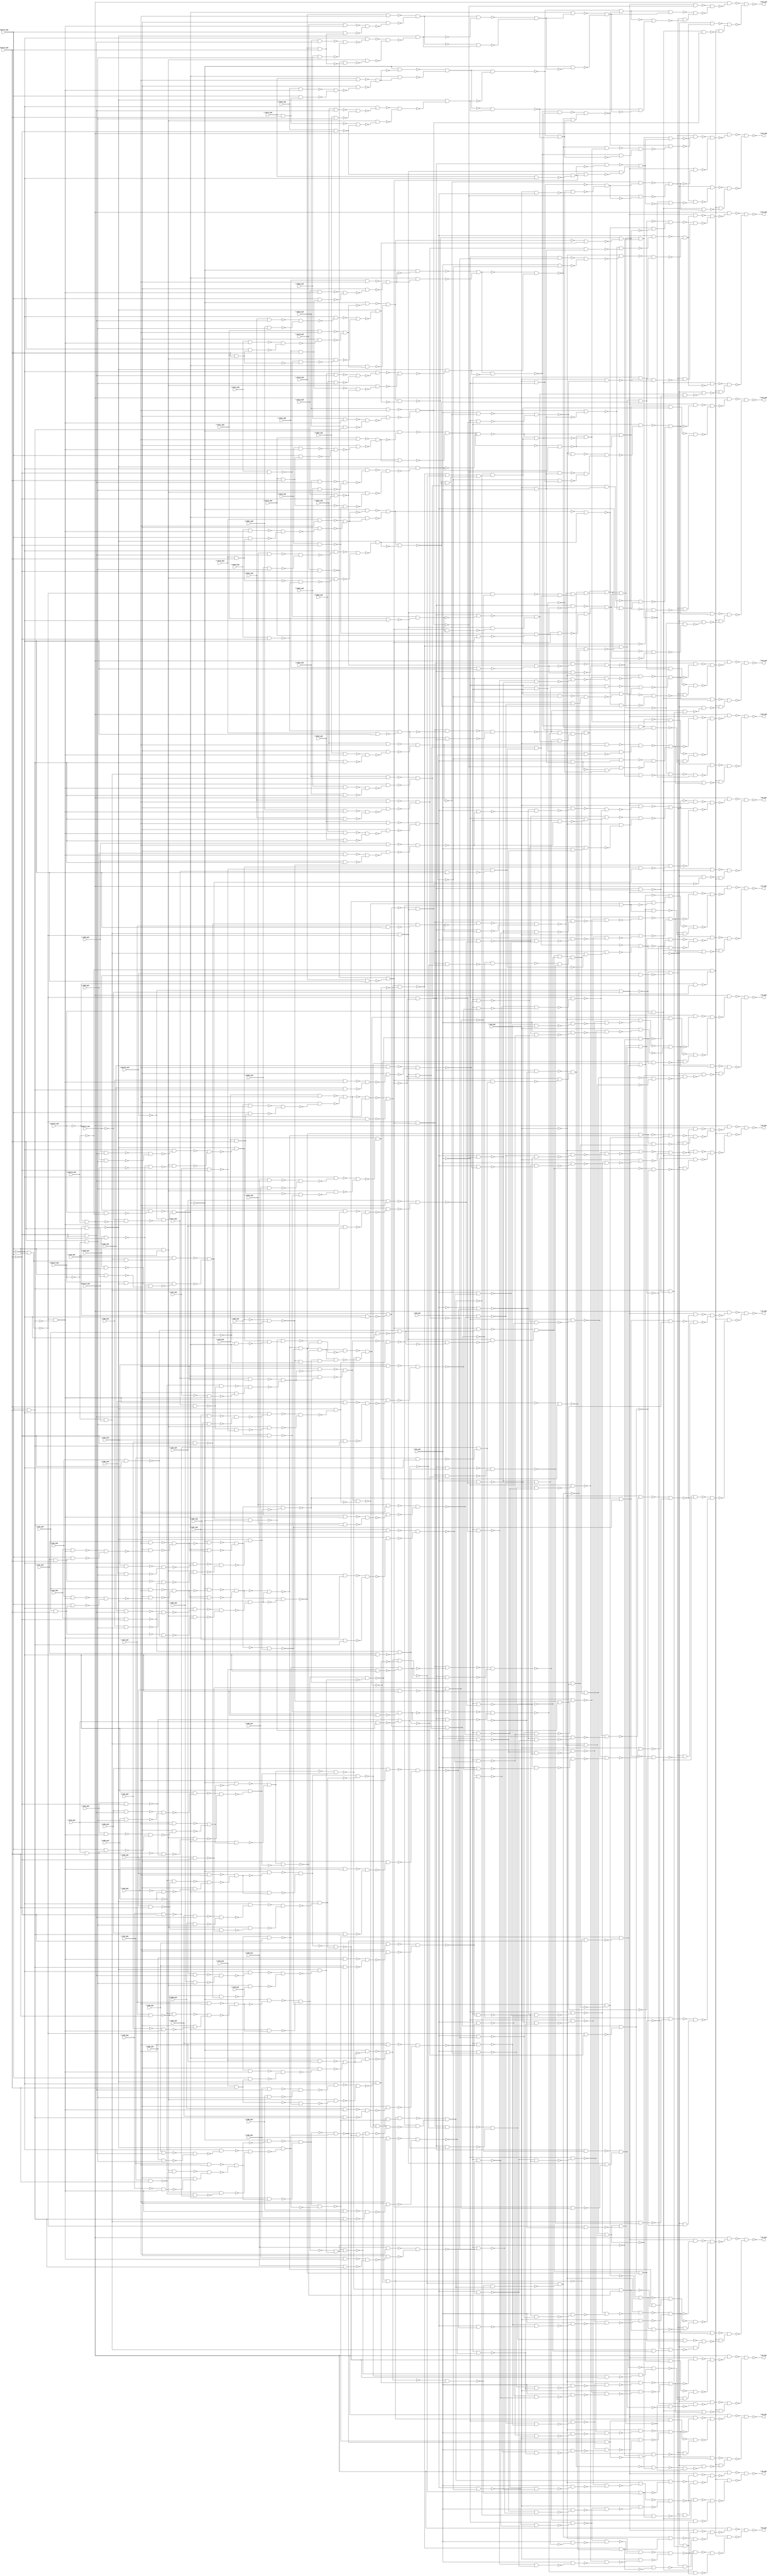
module top( \inA0_pad  , \inA10_pad  , \inA11_pad  , \inA12_pad  , \inA13_pad  , \inA14_pad  , \inA15_pad  , \inA1_pad  , \inA2_pad  , \inA3_pad  , \inA4_pad  , \inA5_pad  , \inA6_pad  , \inA7_pad  , \inA8_pad  , \inA9_pad  , \inB0_pad  , \inB10_pad  , \inB11_pad  , \inB12_pad  , \inB13_pad  , \inB14_pad  , \inB15_pad  , \inB1_pad  , \inB2_pad  , \inB3_pad  , \inB4_pad  , \inB5_pad  , \inB6_pad  , \inB7_pad  , \inB8_pad  , \inB9_pad  , \inC0_pad  , \inC10_pad  , \inC11_pad  , \inC12_pad  , \inC13_pad  , \inC14_pad  , \inC15_pad  , \inC1_pad  , \inC2_pad  , \inC3_pad  , \inC4_pad  , \inC5_pad  , \inC6_pad  , \inC7_pad  , \inC8_pad  , \inC9_pad  , \inD0_pad  , \inD10_pad  , \inD11_pad  , \inD12_pad  , \inD13_pad  , \inD14_pad  , \inD15_pad  , \inD1_pad  , \inD2_pad  , \inD3_pad  , \inD4_pad  , \inD5_pad  , \inD6_pad  , \inD7_pad  , \inD8_pad  , \inD9_pad  , \musel1_pad  , \musel2_pad  , \musel3_pad  , \musel4_pad  , \opsel0_pad  , \opsel1_pad  , \opsel2_pad  , \opsel3_pad  , \sh0_pad  , \sh1_pad  , \sh2_pad  , \O0_pad  , \O10_pad  , \O11_pad  , \O12_pad  , \O13_pad  , \O14_pad  , \O15_pad  , \O1_pad  , \O2_pad  , \O3_pad  , \O4_pad  , \O5_pad  , \O6_pad  , \O7_pad  , \O8_pad  , \O9_pad  );
  input \inA0_pad  ;
  input \inA10_pad  ;
  input \inA11_pad  ;
  input \inA12_pad  ;
  input \inA13_pad  ;
  input \inA14_pad  ;
  input \inA15_pad  ;
  input \inA1_pad  ;
  input \inA2_pad  ;
  input \inA3_pad  ;
  input \inA4_pad  ;
  input \inA5_pad  ;
  input \inA6_pad  ;
  input \inA7_pad  ;
  input \inA8_pad  ;
  input \inA9_pad  ;
  input \inB0_pad  ;
  input \inB10_pad  ;
  input \inB11_pad  ;
  input \inB12_pad  ;
  input \inB13_pad  ;
  input \inB14_pad  ;
  input \inB15_pad  ;
  input \inB1_pad  ;
  input \inB2_pad  ;
  input \inB3_pad  ;
  input \inB4_pad  ;
  input \inB5_pad  ;
  input \inB6_pad  ;
  input \inB7_pad  ;
  input \inB8_pad  ;
  input \inB9_pad  ;
  input \inC0_pad  ;
  input \inC10_pad  ;
  input \inC11_pad  ;
  input \inC12_pad  ;
  input \inC13_pad  ;
  input \inC14_pad  ;
  input \inC15_pad  ;
  input \inC1_pad  ;
  input \inC2_pad  ;
  input \inC3_pad  ;
  input \inC4_pad  ;
  input \inC5_pad  ;
  input \inC6_pad  ;
  input \inC7_pad  ;
  input \inC8_pad  ;
  input \inC9_pad  ;
  input \inD0_pad  ;
  input \inD10_pad  ;
  input \inD11_pad  ;
  input \inD12_pad  ;
  input \inD13_pad  ;
  input \inD14_pad  ;
  input \inD15_pad  ;
  input \inD1_pad  ;
  input \inD2_pad  ;
  input \inD3_pad  ;
  input \inD4_pad  ;
  input \inD5_pad  ;
  input \inD6_pad  ;
  input \inD7_pad  ;
  input \inD8_pad  ;
  input \inD9_pad  ;
  input \musel1_pad  ;
  input \musel2_pad  ;
  input \musel3_pad  ;
  input \musel4_pad  ;
  input \opsel0_pad  ;
  input \opsel1_pad  ;
  input \opsel2_pad  ;
  input \opsel3_pad  ;
  input \sh0_pad  ;
  input \sh1_pad  ;
  input \sh2_pad  ;
  output \O0_pad  ;
  output \O10_pad  ;
  output \O11_pad  ;
  output \O12_pad  ;
  output \O13_pad  ;
  output \O14_pad  ;
  output \O15_pad  ;
  output \O1_pad  ;
  output \O2_pad  ;
  output \O3_pad  ;
  output \O4_pad  ;
  output \O5_pad  ;
  output \O6_pad  ;
  output \O7_pad  ;
  output \O8_pad  ;
  output \O9_pad  ;
  wire n76 , n77 , n78 , n79 , n80 , n81 , n82 , n83 , n84 , n85 , n86 , n87 , n88 , n89 , n90 , n91 , n92 , n93 , n94 , n95 , n96 , n97 , n98 , n99 , n100 , n101 , n102 , n103 , n104 , n105 , n106 , n107 , n108 , n109 , n110 , n111 , n112 , n113 , n114 , n115 , n116 , n117 , n118 , n119 , n120 , n121 , n122 , n123 , n124 , n125 , n126 , n127 , n128 , n129 , n130 , n131 , n132 , n133 , n134 , n135 , n136 , n137 , n138 , n139 , n140 , n141 , n142 , n143 , n144 , n145 , n146 , n147 , n148 , n149 , n150 , n151 , n152 , n153 , n154 , n155 , n156 , n157 , n158 , n159 , n160 , n161 , n162 , n163 , n164 , n165 , n166 , n167 , n168 , n169 , n170 , n171 , n172 , n173 , n174 , n175 , n176 , n177 , n178 , n179 , n180 , n181 , n182 , n183 , n184 , n185 , n186 , n187 , n188 , n189 , n190 , n191 , n192 , n193 , n194 , n195 , n196 , n197 , n198 , n199 , n200 , n201 , n202 , n203 , n204 , n205 , n206 , n207 , n208 , n209 , n210 , n211 , n212 , n213 , n214 , n215 , n216 , n217 , n218 , n219 , n220 , n221 , n222 , n223 , n224 , n225 , n226 , n227 , n228 , n229 , n230 , n231 , n232 , n233 , n234 , n235 , n236 , n237 , n238 , n239 , n240 , n241 , n242 , n243 , n244 , n245 , n246 , n247 , n248 , n249 , n250 , n251 , n252 , n253 , n254 , n255 , n256 , n257 , n258 , n259 , n260 , n261 , n262 , n263 , n264 , n265 , n266 , n267 , n268 , n269 , n270 , n271 , n272 , n273 , n274 , n275 , n276 , n277 , n278 , n279 , n280 , n281 , n282 , n283 , n284 , n285 , n286 , n287 , n288 , n289 , n290 , n291 , n292 , n293 , n294 , n295 , n296 , n297 , n298 , n299 , n300 , n301 , n302 , n303 , n304 , n305 , n306 , n307 , n308 , n309 , n310 , n311 , n312 , n313 , n314 , n315 , n316 , n317 , n318 , n319 , n320 , n321 , n322 , n323 , n324 , n325 , n326 , n327 , n328 , n329 , n330 , n331 , n332 , n333 , n334 , n335 , n336 , n337 , n338 , n339 , n340 , n341 , n342 , n343 , n344 , n345 , n346 , n347 , n348 , n349 , n350 , n351 , n352 , n353 , n354 , n355 , n356 , n357 , n358 , n359 , n360 , n361 , n362 , n363 , n364 , n365 , n366 , n367 , n368 , n369 , n370 , n371 , n372 , n373 , n374 , n375 , n376 , n377 , n378 , n379 , n380 , n381 , n382 , n383 , n384 , n385 , n386 , n387 , n388 , n389 , n390 , n391 , n392 , n393 , n394 , n395 , n396 , n397 , n398 , n399 , n400 , n401 , n402 , n403 , n404 , n405 , n406 , n407 , n408 , n409 , n410 , n411 , n412 , n413 , n414 , n415 , n416 , n417 , n418 , n419 , n420 , n421 , n422 , n423 , n424 , n425 , n426 , n427 , n428 , n429 , n430 , n431 , n432 , n433 , n434 , n435 , n436 , n437 , n438 , n439 , n440 , n441 , n442 , n443 , n444 , n445 , n446 , n447 , n448 , n449 , n450 , n451 , n452 , n453 , n454 , n455 , n456 , n457 , n458 , n459 , n460 , n461 , n462 , n463 , n464 , n465 , n466 , n467 , n468 , n469 , n470 , n471 , n472 , n473 , n474 , n475 , n476 , n477 , n478 , n479 , n480 , n481 , n482 , n483 , n484 , n485 , n486 , n487 , n488 , n489 , n490 , n491 , n492 , n493 , n494 , n495 , n496 , n497 , n498 , n499 , n500 , n501 , n502 , n503 , n504 , n505 , n506 , n507 , n508 , n509 , n510 , n511 , n512 , n513 , n514 , n515 , n516 , n517 , n518 , n519 , n520 , n521 , n522 , n523 , n524 , n525 , n526 , n527 , n528 , n529 , n530 , n531 , n532 , n533 , n534 , n535 , n536 , n537 , n538 , n539 , n540 , n541 , n542 , n543 , n544 , n545 , n546 , n547 , n548 , n549 , n550 , n551 , n552 , n553 , n554 , n555 , n556 , n557 , n558 , n559 , n560 , n561 , n562 , n563 , n564 , n565 , n566 , n567 , n568 , n569 , n570 , n571 , n572 , n573 , n574 , n575 , n576 , n577 , n578 , n579 , n580 , n581 , n582 , n583 , n584 , n585 , n586 , n587 , n588 , n589 , n590 , n591 , n592 , n593 , n594 , n595 , n596 , n597 , n598 , n599 , n600 , n601 , n602 , n603 , n604 , n605 , n606 , n607 , n608 , n609 , n610 , n611 , n612 , n613 , n614 , n615 , n616 , n617 , n618 , n619 , n620 , n621 , n622 , n623 , n624 , n625 , n626 , n627 , n628 , n629 , n630 , n631 , n632 , n633 , n634 , n635 , n636 , n637 , n638 , n639 , n640 , n641 , n642 , n643 , n644 , n645 , n646 , n647 , n648 , n649 , n650 , n651 , n652 , n653 , n654 , n655 , n656 , n657 , n658 , n659 , n660 , n661 , n662 , n663 , n664 , n665 , n666 , n667 , n668 , n669 , n670 , n671 , n672 , n673 , n674 , n675 , n676 , n677 , n678 , n679 , n680 , n681 , n682 , n683 , n684 , n685 , n686 , n687 , n688 , n689 , n690 , n691 , n692 , n693 , n694 , n695 , n696 , n697 , n698 , n699 , n700 , n701 , n702 , n703 , n704 , n705 , n706 , n707 , n708 , n709 , n710 , n711 , n712 , n713 , n714 , n715 , n716 , n717 , n718 , n719 , n720 , n721 , n722 , n723 , n724 , n725 , n726 , n727 , n728 , n729 , n730 , n731 , n732 , n733 , n734 , n735 , n736 , n737 , n738 , n739 , n740 , n741 , n742 , n743 , n744 , n745 , n746 , n747 , n748 , n749 , n750 , n751 , n752 , n753 , n754 , n755 , n756 , n757 , n758 , n759 , n760 , n761 , n762 , n763 , n764 , n765 , n766 , n767 , n768 , n769 , n770 , n771 , n772 , n773 , n774 , n775 , n776 , n777 , n778 , n779 , n780 , n781 , n782 , n783 , n784 , n785 , n786 , n787 , n788 , n789 , n790 , n791 , n792 , n793 , n794 , n795 , n796 , n797 , n798 , n799 , n800 , n801 , n802 , n803 , n804 , n805 , n806 , n807 , n808 , n809 , n810 , n811 , n812 , n813 , n814 , n815 , n816 , n817 , n818 , n819 , n820 , n821 , n822 , n823 , n824 , n825 , n826 , n827 , n828 , n829 , n830 , n831 , n832 , n833 , n834 , n835 , n836 , n837 , n838 , n839 , n840 , n841 , n842 , n843 , n844 , n845 , n846 , n847 , n848 , n849 , n850 , n851 , n852 , n853 , n854 , n855 , n856 , n857 , n858 , n859 , n860 , n861 , n862 , n863 , n864 , n865 , n866 , n867 , n868 , n869 , n870 , n871 , n872 , n873 , n874 , n875 , n876 , n877 , n878 , n879 , n880 , n881 , n882 , n883 , n884 , n885 , n886 , n887 , n888 , n889 , n890 , n891 , n892 , n893 , n894 , n895 , n896 , n897 , n898 , n899 , n900 , n901 , n902 , n903 , n904 , n905 , n906 , n907 , n908 , n909 , n910 , n911 , n912 , n913 , n914 , n915 , n916 , n917 , n918 , n919 , n920 , n921 , n922 , n923 , n924 , n925 , n926 , n927 , n928 , n929 , n930 , n931 , n932 , n933 , n934 , n935 , n936 , n937 , n938 , n939 , n940 , n941 , n942 , n943 , n944 , n945 , n946 , n947 , n948 , n949 , n950 , n951 , n952 , n953 , n954 , n955 , n956 , n957 , n958 , n959 , n960 , n961 , n962 , n963 , n964 , n965 , n966 , n967 , n968 , n969 , n970 , n971 , n972 , n973 , n974 , n975 , n976 , n977 , n978 , n979 , n980 , n981 , n982 , n983 , n984 , n985 , n986 , n987 , n988 , n989 , n990 , n991 , n992 , n993 , n994 , n995 , n996 , n997 , n998 , n999 , n1000 , n1001 , n1002 , n1003 , n1004 , n1005 , n1006 , n1007 , n1008 , n1009 , n1010 , n1011 , n1012 , n1013 , n1014 , n1015 , n1016 , n1017 , n1018 , n1019 , n1020 , n1021 , n1022 , n1023 , n1024 , n1025 , n1026 , n1027 , n1028 , n1029 , n1030 , n1031 , n1032 , n1033 , n1034 , n1035 , n1036 , n1037 , n1038 , n1039 , n1040 , n1041 , n1042 , n1043 , n1044 , n1045 , n1046 , n1047 , n1048 , n1049 , n1050 , n1051 , n1052 , n1053 , n1054 , n1055 , n1056 , n1057 , n1058 , n1059 , n1060 , n1061 , n1062 , n1063 , n1064 , n1065 , n1066 , n1067 , n1068 , n1069 , n1070 , n1071 , n1072 , n1073 , n1074 , n1075 , n1076 , n1077 , n1078 , n1079 , n1080 , n1081 , n1082 , n1083 , n1084 , n1085 , n1086 , n1087 , n1088 , n1089 , n1090 , n1091 , n1092 , n1093 , n1094 , n1095 , n1096 , n1097 , n1098 , n1099 , n1100 , n1101 , n1102 , n1103 , n1104 , n1105 , n1106 , n1107 , n1108 , n1109 , n1110 , n1111 , n1112 , n1113 , n1114 , n1115 , n1116 , n1117 , n1118 , n1119 , n1120 , n1121 ;
  assign n76 = ~\opsel2_pad  & \opsel3_pad  ;
  assign n77 = ~\musel3_pad  & \musel4_pad  ;
  assign n78 = ~\musel1_pad  & ~\musel2_pad  ;
  assign n79 = n77 & n78 ;
  assign n80 = \inD3_pad  & n79 ;
  assign n81 = \musel3_pad  & ~\musel4_pad  ;
  assign n82 = \musel1_pad  & \musel2_pad  ;
  assign n83 = ~n78 & ~n82 ;
  assign n84 = \inB3_pad  & n83 ;
  assign n85 = \inD3_pad  & n82 ;
  assign n86 = ~n84 & ~n85 ;
  assign n87 = n81 & ~n86 ;
  assign n88 = ~n80 & ~n87 ;
  assign n89 = ~\sh2_pad  & ~n88 ;
  assign n90 = \inD0_pad  & n79 ;
  assign n91 = \inB0_pad  & n83 ;
  assign n92 = \inD0_pad  & n82 ;
  assign n93 = ~n91 & ~n92 ;
  assign n94 = n81 & ~n93 ;
  assign n95 = ~n90 & ~n94 ;
  assign n96 = \sh2_pad  & ~n95 ;
  assign n97 = ~n89 & ~n96 ;
  assign n98 = \sh1_pad  & ~n97 ;
  assign n99 = \inD5_pad  & n79 ;
  assign n100 = \inB5_pad  & n83 ;
  assign n101 = \inD5_pad  & n82 ;
  assign n102 = ~n100 & ~n101 ;
  assign n103 = n81 & ~n102 ;
  assign n104 = ~n99 & ~n103 ;
  assign n105 = \sh2_pad  & ~n104 ;
  assign n106 = \inD1_pad  & n79 ;
  assign n107 = \inB1_pad  & n83 ;
  assign n108 = \inD1_pad  & n82 ;
  assign n109 = ~n107 & ~n108 ;
  assign n110 = n81 & ~n109 ;
  assign n111 = ~n106 & ~n110 ;
  assign n112 = ~\sh2_pad  & ~n111 ;
  assign n113 = ~n105 & ~n112 ;
  assign n114 = ~\sh1_pad  & ~n113 ;
  assign n115 = ~n98 & ~n114 ;
  assign n116 = \sh0_pad  & ~n115 ;
  assign n134 = \inD4_pad  & n79 ;
  assign n135 = \inB4_pad  & n83 ;
  assign n136 = \inD4_pad  & n82 ;
  assign n137 = ~n135 & ~n136 ;
  assign n138 = n81 & ~n137 ;
  assign n139 = ~n134 & ~n138 ;
  assign n140 = \sh2_pad  & ~n139 ;
  assign n133 = ~\sh2_pad  & ~n95 ;
  assign n141 = ~\sh1_pad  & ~n133 ;
  assign n142 = ~n140 & n141 ;
  assign n124 = \inD2_pad  & n79 ;
  assign n125 = \inB2_pad  & n83 ;
  assign n126 = \inD2_pad  & n82 ;
  assign n127 = ~n125 & ~n126 ;
  assign n128 = n81 & ~n127 ;
  assign n129 = ~n124 & ~n128 ;
  assign n130 = ~\sh2_pad  & ~n129 ;
  assign n117 = \inD8_pad  & n79 ;
  assign n118 = \inB8_pad  & n83 ;
  assign n119 = \inD8_pad  & n82 ;
  assign n120 = ~n118 & ~n119 ;
  assign n121 = n81 & ~n120 ;
  assign n122 = ~n117 & ~n121 ;
  assign n123 = \sh2_pad  & ~n122 ;
  assign n131 = \sh1_pad  & ~n123 ;
  assign n132 = ~n130 & n131 ;
  assign n143 = ~\sh0_pad  & ~n132 ;
  assign n144 = ~n142 & n143 ;
  assign n145 = ~n116 & ~n144 ;
  assign n146 = ~\opsel0_pad  & ~\opsel1_pad  ;
  assign n147 = ~n145 & n146 ;
  assign n148 = \opsel0_pad  & \opsel1_pad  ;
  assign n149 = ~n146 & ~n148 ;
  assign n150 = ~\musel2_pad  & \musel3_pad  ;
  assign n151 = \inD0_pad  & n150 ;
  assign n152 = \musel2_pad  & ~\musel3_pad  ;
  assign n153 = \inB0_pad  & n152 ;
  assign n154 = ~n151 & ~n153 ;
  assign n155 = ~\musel1_pad  & ~n154 ;
  assign n156 = \musel1_pad  & ~\musel3_pad  ;
  assign n157 = \inA0_pad  & ~\musel2_pad  ;
  assign n158 = \inC0_pad  & \musel2_pad  ;
  assign n159 = ~n157 & ~n158 ;
  assign n160 = n156 & ~n159 ;
  assign n161 = ~n155 & ~n160 ;
  assign n162 = ~\musel4_pad  & ~n161 ;
  assign n163 = \inC0_pad  & n79 ;
  assign n164 = \inA0_pad  & n83 ;
  assign n165 = \musel1_pad  & n158 ;
  assign n166 = ~n164 & ~n165 ;
  assign n167 = n81 & ~n166 ;
  assign n168 = ~n163 & ~n167 ;
  assign n169 = ~n162 & ~n168 ;
  assign n170 = n162 & n168 ;
  assign n171 = ~n169 & ~n170 ;
  assign n172 = n149 & ~n171 ;
  assign n173 = ~n147 & ~n172 ;
  assign n174 = n76 & ~n173 ;
  assign n175 = \opsel2_pad  & ~n146 ;
  assign n181 = n145 & n175 ;
  assign n176 = \inC0_pad  & ~\musel1_pad  ;
  assign n177 = ~n157 & ~n176 ;
  assign n178 = n77 & ~n78 ;
  assign n179 = ~n177 & n178 ;
  assign n180 = ~n175 & ~n179 ;
  assign n182 = ~\opsel2_pad  & n146 ;
  assign n183 = ~\opsel3_pad  & ~n182 ;
  assign n184 = ~n180 & n183 ;
  assign n185 = ~n181 & n184 ;
  assign n186 = ~n174 & ~n185 ;
  assign n187 = \inD14_pad  & n79 ;
  assign n188 = \inB14_pad  & n83 ;
  assign n189 = \inD14_pad  & n82 ;
  assign n190 = ~n188 & ~n189 ;
  assign n191 = n81 & ~n190 ;
  assign n192 = ~n187 & ~n191 ;
  assign n193 = \sh2_pad  & ~n192 ;
  assign n194 = \inD10_pad  & n79 ;
  assign n195 = \inB10_pad  & n83 ;
  assign n196 = \inD10_pad  & n82 ;
  assign n197 = ~n195 & ~n196 ;
  assign n198 = n81 & ~n197 ;
  assign n199 = ~n194 & ~n198 ;
  assign n200 = ~\sh2_pad  & ~n199 ;
  assign n201 = ~n193 & ~n200 ;
  assign n202 = ~\sh1_pad  & ~n201 ;
  assign n203 = \inD12_pad  & n79 ;
  assign n204 = \inB12_pad  & n83 ;
  assign n205 = \inD12_pad  & n82 ;
  assign n206 = ~n204 & ~n205 ;
  assign n207 = n81 & ~n206 ;
  assign n208 = ~n203 & ~n207 ;
  assign n209 = ~\sh2_pad  & ~n208 ;
  assign n210 = \inD15_pad  & n79 ;
  assign n211 = \inB15_pad  & n83 ;
  assign n212 = \inD15_pad  & n82 ;
  assign n213 = ~n211 & ~n212 ;
  assign n214 = n81 & ~n213 ;
  assign n215 = ~n210 & ~n214 ;
  assign n216 = \sh2_pad  & ~n215 ;
  assign n217 = ~n209 & ~n216 ;
  assign n218 = \sh1_pad  & ~n217 ;
  assign n219 = ~n202 & ~n218 ;
  assign n220 = ~\sh0_pad  & ~n219 ;
  assign n231 = \inD11_pad  & n79 ;
  assign n232 = \inB11_pad  & n83 ;
  assign n233 = \inD11_pad  & n82 ;
  assign n234 = ~n232 & ~n233 ;
  assign n235 = n81 & ~n234 ;
  assign n236 = ~n231 & ~n235 ;
  assign n237 = ~\sh2_pad  & ~n236 ;
  assign n238 = ~n216 & ~n237 ;
  assign n239 = ~\sh1_pad  & n238 ;
  assign n222 = \inD13_pad  & n79 ;
  assign n223 = \inB13_pad  & n83 ;
  assign n224 = \inD13_pad  & n82 ;
  assign n225 = ~n223 & ~n224 ;
  assign n226 = n81 & ~n225 ;
  assign n227 = ~n222 & ~n226 ;
  assign n228 = ~\sh2_pad  & ~n227 ;
  assign n221 = \sh2_pad  & ~n199 ;
  assign n229 = \sh1_pad  & ~n221 ;
  assign n230 = ~n228 & n229 ;
  assign n240 = \sh0_pad  & ~n230 ;
  assign n241 = ~n239 & n240 ;
  assign n242 = ~n220 & ~n241 ;
  assign n243 = n146 & ~n242 ;
  assign n252 = \opsel2_pad  & ~\opsel3_pad  ;
  assign n253 = \opsel1_pad  & ~n252 ;
  assign n251 = ~\opsel1_pad  & ~n76 ;
  assign n254 = ~\opsel0_pad  & ~n251 ;
  assign n255 = ~n253 & n254 ;
  assign n465 = \inC10_pad  & n79 ;
  assign n466 = \inA10_pad  & n83 ;
  assign n467 = \inC10_pad  & \musel2_pad  ;
  assign n468 = \musel1_pad  & n467 ;
  assign n469 = ~n466 & ~n468 ;
  assign n470 = n81 & ~n469 ;
  assign n471 = ~n465 & ~n470 ;
  assign n472 = ~n255 & ~n471 ;
  assign n473 = n255 & n471 ;
  assign n474 = ~n472 & ~n473 ;
  assign n475 = \inD10_pad  & n150 ;
  assign n476 = \inB10_pad  & n152 ;
  assign n477 = ~n475 & ~n476 ;
  assign n478 = ~\musel1_pad  & ~n477 ;
  assign n479 = \inA10_pad  & ~\musel2_pad  ;
  assign n480 = ~n467 & ~n479 ;
  assign n481 = n156 & ~n480 ;
  assign n482 = ~n478 & ~n481 ;
  assign n483 = ~\musel4_pad  & ~n482 ;
  assign n484 = ~n474 & n483 ;
  assign n244 = \inC9_pad  & n79 ;
  assign n245 = \inA9_pad  & n83 ;
  assign n246 = \inC9_pad  & \musel2_pad  ;
  assign n247 = \musel1_pad  & n246 ;
  assign n248 = ~n245 & ~n247 ;
  assign n249 = n81 & ~n248 ;
  assign n250 = ~n244 & ~n249 ;
  assign n256 = ~n250 & ~n255 ;
  assign n257 = n250 & n255 ;
  assign n258 = ~n256 & ~n257 ;
  assign n259 = \inD9_pad  & n150 ;
  assign n260 = \inB9_pad  & n152 ;
  assign n261 = ~n259 & ~n260 ;
  assign n262 = ~\musel1_pad  & ~n261 ;
  assign n263 = \inA9_pad  & ~\musel2_pad  ;
  assign n264 = ~n246 & ~n263 ;
  assign n265 = n156 & ~n264 ;
  assign n266 = ~n262 & ~n265 ;
  assign n267 = ~\musel4_pad  & ~n266 ;
  assign n268 = n258 & ~n267 ;
  assign n269 = ~n258 & n267 ;
  assign n270 = \inC8_pad  & n79 ;
  assign n271 = \inA8_pad  & n83 ;
  assign n272 = \inC8_pad  & \musel2_pad  ;
  assign n273 = \musel1_pad  & n272 ;
  assign n274 = ~n271 & ~n273 ;
  assign n275 = n81 & ~n274 ;
  assign n276 = ~n270 & ~n275 ;
  assign n277 = ~n255 & ~n276 ;
  assign n278 = n255 & n276 ;
  assign n279 = ~n277 & ~n278 ;
  assign n280 = \inD8_pad  & n150 ;
  assign n281 = \inB8_pad  & n152 ;
  assign n282 = ~n280 & ~n281 ;
  assign n283 = ~\musel1_pad  & ~n282 ;
  assign n284 = \inA8_pad  & ~\musel2_pad  ;
  assign n285 = ~n272 & ~n284 ;
  assign n286 = n156 & ~n285 ;
  assign n287 = ~n283 & ~n286 ;
  assign n288 = ~\musel4_pad  & ~n287 ;
  assign n289 = n279 & ~n288 ;
  assign n290 = ~n279 & n288 ;
  assign n291 = \inC4_pad  & n79 ;
  assign n293 = \inC4_pad  & \musel2_pad  ;
  assign n294 = ~n83 & ~n293 ;
  assign n292 = ~\inA4_pad  & n83 ;
  assign n295 = n81 & ~n292 ;
  assign n296 = ~n294 & n295 ;
  assign n297 = ~n291 & ~n296 ;
  assign n298 = ~n255 & ~n297 ;
  assign n299 = n255 & n297 ;
  assign n300 = ~n298 & ~n299 ;
  assign n301 = \inD4_pad  & n150 ;
  assign n302 = \inB4_pad  & n152 ;
  assign n303 = ~n301 & ~n302 ;
  assign n304 = ~\musel1_pad  & ~n303 ;
  assign n305 = \inA4_pad  & ~\musel2_pad  ;
  assign n306 = ~n293 & ~n305 ;
  assign n307 = n156 & ~n306 ;
  assign n308 = ~n304 & ~n307 ;
  assign n309 = ~\musel4_pad  & ~n308 ;
  assign n310 = n300 & ~n309 ;
  assign n331 = \inC2_pad  & n79 ;
  assign n332 = \inA2_pad  & n83 ;
  assign n333 = \inC2_pad  & \musel2_pad  ;
  assign n334 = \musel1_pad  & n333 ;
  assign n335 = ~n332 & ~n334 ;
  assign n336 = n81 & ~n335 ;
  assign n337 = ~n331 & ~n336 ;
  assign n338 = ~n255 & ~n337 ;
  assign n339 = n255 & n337 ;
  assign n340 = ~n338 & ~n339 ;
  assign n341 = \inD2_pad  & n150 ;
  assign n342 = \inB2_pad  & n152 ;
  assign n343 = ~n341 & ~n342 ;
  assign n344 = ~\musel1_pad  & ~n343 ;
  assign n345 = \inA2_pad  & ~\musel2_pad  ;
  assign n346 = ~n333 & ~n345 ;
  assign n347 = n156 & ~n346 ;
  assign n348 = ~n344 & ~n347 ;
  assign n349 = ~\musel4_pad  & ~n348 ;
  assign n350 = n340 & ~n349 ;
  assign n311 = \inC3_pad  & n79 ;
  assign n312 = \inA3_pad  & n83 ;
  assign n313 = \inC3_pad  & \musel2_pad  ;
  assign n314 = \musel1_pad  & n313 ;
  assign n315 = ~n312 & ~n314 ;
  assign n316 = n81 & ~n315 ;
  assign n317 = ~n311 & ~n316 ;
  assign n318 = ~n255 & ~n317 ;
  assign n319 = n255 & n317 ;
  assign n320 = ~n318 & ~n319 ;
  assign n321 = \inD3_pad  & n150 ;
  assign n322 = \inB3_pad  & n152 ;
  assign n323 = ~n321 & ~n322 ;
  assign n324 = ~\musel1_pad  & ~n323 ;
  assign n325 = \inA3_pad  & ~\musel2_pad  ;
  assign n326 = ~n313 & ~n325 ;
  assign n327 = n156 & ~n326 ;
  assign n328 = ~n324 & ~n327 ;
  assign n329 = ~\musel4_pad  & ~n328 ;
  assign n351 = n320 & ~n329 ;
  assign n352 = ~n350 & ~n351 ;
  assign n379 = n168 & ~n255 ;
  assign n378 = ~n168 & n255 ;
  assign n380 = n162 & ~n378 ;
  assign n381 = ~n379 & n380 ;
  assign n376 = ~n340 & n349 ;
  assign n353 = \inC1_pad  & n79 ;
  assign n354 = \inA1_pad  & n83 ;
  assign n355 = \inC1_pad  & \musel2_pad  ;
  assign n356 = \musel1_pad  & n355 ;
  assign n357 = ~n354 & ~n356 ;
  assign n358 = n81 & ~n357 ;
  assign n359 = ~n353 & ~n358 ;
  assign n360 = ~n255 & ~n359 ;
  assign n361 = n255 & n359 ;
  assign n362 = ~n360 & ~n361 ;
  assign n363 = \inD1_pad  & n150 ;
  assign n364 = \inB1_pad  & n152 ;
  assign n365 = ~n363 & ~n364 ;
  assign n366 = ~\musel1_pad  & ~n365 ;
  assign n367 = \inA1_pad  & ~\musel2_pad  ;
  assign n368 = ~n355 & ~n367 ;
  assign n369 = n156 & ~n368 ;
  assign n370 = ~n366 & ~n369 ;
  assign n371 = ~\musel4_pad  & ~n370 ;
  assign n377 = ~n362 & n371 ;
  assign n382 = ~n376 & ~n377 ;
  assign n383 = ~n381 & n382 ;
  assign n384 = n352 & ~n383 ;
  assign n330 = ~n320 & n329 ;
  assign n372 = n362 & ~n371 ;
  assign n373 = ~n169 & n255 ;
  assign n374 = ~n372 & n373 ;
  assign n375 = n352 & n374 ;
  assign n385 = ~n330 & ~n375 ;
  assign n386 = ~n384 & n385 ;
  assign n387 = ~n310 & ~n386 ;
  assign n388 = \inC6_pad  & n79 ;
  assign n390 = \inC6_pad  & \musel2_pad  ;
  assign n391 = ~n83 & ~n390 ;
  assign n389 = ~\inA6_pad  & n83 ;
  assign n392 = n81 & ~n389 ;
  assign n393 = ~n391 & n392 ;
  assign n394 = ~n388 & ~n393 ;
  assign n395 = ~n255 & ~n394 ;
  assign n396 = n255 & n394 ;
  assign n397 = ~n395 & ~n396 ;
  assign n398 = \inD6_pad  & n150 ;
  assign n399 = \inB6_pad  & n152 ;
  assign n400 = ~n398 & ~n399 ;
  assign n401 = ~\musel1_pad  & ~n400 ;
  assign n402 = \inA6_pad  & ~\musel2_pad  ;
  assign n403 = ~n390 & ~n402 ;
  assign n404 = n156 & ~n403 ;
  assign n405 = ~n401 & ~n404 ;
  assign n406 = ~\musel4_pad  & ~n405 ;
  assign n407 = n397 & ~n406 ;
  assign n408 = \inC7_pad  & n79 ;
  assign n410 = \inC7_pad  & \musel2_pad  ;
  assign n411 = ~n83 & ~n410 ;
  assign n409 = ~\inA7_pad  & n83 ;
  assign n412 = n81 & ~n409 ;
  assign n413 = ~n411 & n412 ;
  assign n414 = ~n408 & ~n413 ;
  assign n415 = ~n255 & ~n414 ;
  assign n416 = n255 & n414 ;
  assign n417 = ~n415 & ~n416 ;
  assign n418 = \inD7_pad  & n150 ;
  assign n419 = \inB7_pad  & n152 ;
  assign n420 = ~n418 & ~n419 ;
  assign n421 = ~\musel1_pad  & ~n420 ;
  assign n422 = \inA7_pad  & ~\musel2_pad  ;
  assign n423 = ~n410 & ~n422 ;
  assign n424 = n156 & ~n423 ;
  assign n425 = ~n421 & ~n424 ;
  assign n426 = ~\musel4_pad  & ~n425 ;
  assign n427 = n417 & ~n426 ;
  assign n428 = ~n407 & ~n427 ;
  assign n429 = \inC5_pad  & n79 ;
  assign n431 = \inC5_pad  & \musel2_pad  ;
  assign n432 = ~n83 & ~n431 ;
  assign n430 = ~\inA5_pad  & n83 ;
  assign n433 = n81 & ~n430 ;
  assign n434 = ~n432 & n433 ;
  assign n435 = ~n429 & ~n434 ;
  assign n436 = ~n255 & ~n435 ;
  assign n437 = n255 & n435 ;
  assign n438 = ~n436 & ~n437 ;
  assign n439 = \inD5_pad  & n150 ;
  assign n440 = \inB5_pad  & n152 ;
  assign n441 = ~n439 & ~n440 ;
  assign n442 = ~\musel1_pad  & ~n441 ;
  assign n443 = \inA5_pad  & ~\musel2_pad  ;
  assign n444 = ~n431 & ~n443 ;
  assign n445 = n156 & ~n444 ;
  assign n446 = ~n442 & ~n445 ;
  assign n447 = ~\musel4_pad  & ~n446 ;
  assign n448 = n438 & ~n447 ;
  assign n449 = n428 & ~n448 ;
  assign n450 = n387 & n449 ;
  assign n451 = ~n417 & n426 ;
  assign n452 = ~n300 & n309 ;
  assign n453 = ~n448 & n452 ;
  assign n454 = ~n438 & n447 ;
  assign n455 = ~n397 & n406 ;
  assign n456 = ~n454 & ~n455 ;
  assign n457 = ~n453 & n456 ;
  assign n458 = n428 & ~n457 ;
  assign n459 = ~n451 & ~n458 ;
  assign n460 = ~n450 & n459 ;
  assign n461 = ~n290 & n460 ;
  assign n462 = ~n289 & ~n461 ;
  assign n463 = ~n269 & ~n462 ;
  assign n464 = ~n268 & ~n463 ;
  assign n485 = n474 & ~n483 ;
  assign n488 = n464 & ~n485 ;
  assign n489 = ~n484 & n488 ;
  assign n486 = ~n484 & ~n485 ;
  assign n487 = ~n464 & ~n486 ;
  assign n490 = n149 & ~n487 ;
  assign n491 = ~n489 & n490 ;
  assign n492 = ~n243 & ~n491 ;
  assign n493 = n76 & ~n492 ;
  assign n552 = n175 & n242 ;
  assign n494 = \inA15_pad  & ~\musel2_pad  ;
  assign n495 = \inC15_pad  & ~\musel1_pad  ;
  assign n496 = ~n494 & ~n495 ;
  assign n497 = ~n78 & n496 ;
  assign n498 = \inC10_pad  & ~\musel1_pad  ;
  assign n499 = ~n479 & ~n498 ;
  assign n500 = n497 & ~n499 ;
  assign n501 = ~n78 & ~n496 ;
  assign n502 = n499 & n501 ;
  assign n503 = ~n500 & ~n502 ;
  assign n514 = \inC2_pad  & ~\musel1_pad  ;
  assign n515 = ~n345 & ~n514 ;
  assign n517 = n496 & n515 ;
  assign n516 = ~n496 & ~n515 ;
  assign n518 = n178 & ~n516 ;
  assign n519 = ~n517 & n518 ;
  assign n520 = \inC3_pad  & ~\musel1_pad  ;
  assign n521 = ~n325 & ~n520 ;
  assign n522 = n497 & ~n521 ;
  assign n523 = n501 & n521 ;
  assign n524 = ~n522 & ~n523 ;
  assign n534 = n519 & ~n524 ;
  assign n525 = n178 & ~n496 ;
  assign n526 = n177 & n525 ;
  assign n527 = n179 & ~n521 ;
  assign n528 = ~n526 & ~n527 ;
  assign n529 = \inC1_pad  & ~\musel1_pad  ;
  assign n530 = ~n367 & ~n529 ;
  assign n531 = n501 & n530 ;
  assign n532 = n497 & ~n530 ;
  assign n533 = ~n531 & ~n532 ;
  assign n535 = ~n528 & ~n533 ;
  assign n536 = n534 & n535 ;
  assign n504 = \inC9_pad  & ~\musel1_pad  ;
  assign n505 = ~n263 & ~n504 ;
  assign n506 = n497 & ~n505 ;
  assign n507 = n501 & n505 ;
  assign n508 = ~n506 & ~n507 ;
  assign n544 = ~n503 & ~n508 ;
  assign n509 = \inC8_pad  & ~\musel1_pad  ;
  assign n510 = ~n284 & ~n509 ;
  assign n511 = n497 & ~n510 ;
  assign n512 = n501 & n510 ;
  assign n513 = ~n511 & ~n512 ;
  assign n537 = \inA11_pad  & ~\musel2_pad  ;
  assign n538 = \inC11_pad  & ~\musel1_pad  ;
  assign n539 = ~n537 & ~n538 ;
  assign n541 = n501 & ~n539 ;
  assign n540 = n496 & n539 ;
  assign n542 = n178 & ~n540 ;
  assign n543 = ~n541 & n542 ;
  assign n545 = ~n513 & n543 ;
  assign n546 = n544 & n545 ;
  assign n547 = n536 & n546 ;
  assign n548 = n501 & n547 ;
  assign n549 = n77 & ~n548 ;
  assign n550 = ~n503 & n549 ;
  assign n551 = ~n175 & ~n550 ;
  assign n553 = n183 & ~n551 ;
  assign n554 = ~n552 & n553 ;
  assign n555 = ~n493 & ~n554 ;
  assign n556 = \sh0_pad  & \sh1_pad  ;
  assign n557 = n215 & ~n556 ;
  assign n558 = n236 & n556 ;
  assign n559 = ~n557 & ~n558 ;
  assign n560 = \sh2_pad  & ~n559 ;
  assign n565 = ~\sh1_pad  & ~n236 ;
  assign n566 = \sh1_pad  & ~n227 ;
  assign n567 = ~n565 & ~n566 ;
  assign n568 = ~\sh0_pad  & ~n567 ;
  assign n561 = \sh1_pad  & ~n192 ;
  assign n562 = ~\sh1_pad  & ~n208 ;
  assign n563 = ~n561 & ~n562 ;
  assign n564 = \sh0_pad  & ~n563 ;
  assign n569 = ~\sh2_pad  & ~n564 ;
  assign n570 = ~n568 & n569 ;
  assign n571 = ~n560 & ~n570 ;
  assign n572 = n146 & n571 ;
  assign n573 = \inC11_pad  & n79 ;
  assign n574 = \inA11_pad  & n83 ;
  assign n575 = \inC11_pad  & \musel2_pad  ;
  assign n576 = \musel1_pad  & n575 ;
  assign n577 = ~n574 & ~n576 ;
  assign n578 = n81 & ~n577 ;
  assign n579 = ~n573 & ~n578 ;
  assign n580 = ~n255 & ~n579 ;
  assign n581 = n255 & n579 ;
  assign n582 = ~n580 & ~n581 ;
  assign n583 = \inD11_pad  & n150 ;
  assign n584 = \inB11_pad  & n152 ;
  assign n585 = ~n583 & ~n584 ;
  assign n586 = ~\musel1_pad  & ~n585 ;
  assign n587 = ~n537 & ~n575 ;
  assign n588 = n156 & ~n587 ;
  assign n589 = ~n586 & ~n588 ;
  assign n590 = ~\musel4_pad  & ~n589 ;
  assign n591 = n582 & ~n590 ;
  assign n592 = ~n582 & n590 ;
  assign n593 = ~n591 & ~n592 ;
  assign n595 = ~n484 & ~n593 ;
  assign n596 = ~n488 & n595 ;
  assign n594 = n488 & n593 ;
  assign n597 = n149 & ~n594 ;
  assign n598 = ~n596 & n597 ;
  assign n599 = ~n572 & ~n598 ;
  assign n600 = n76 & ~n599 ;
  assign n603 = n175 & ~n571 ;
  assign n601 = n543 & ~n548 ;
  assign n602 = ~n175 & ~n601 ;
  assign n604 = n183 & ~n602 ;
  assign n605 = ~n603 & n604 ;
  assign n606 = ~n600 & ~n605 ;
  assign n608 = ~\sh0_pad  & ~n563 ;
  assign n607 = ~n215 & n556 ;
  assign n609 = \sh0_pad  & ~\sh1_pad  ;
  assign n610 = ~n227 & n609 ;
  assign n611 = ~n607 & ~n610 ;
  assign n612 = ~n608 & n611 ;
  assign n613 = ~\sh2_pad  & ~n612 ;
  assign n614 = n208 & n556 ;
  assign n615 = \sh2_pad  & ~n557 ;
  assign n616 = ~n614 & n615 ;
  assign n617 = ~n613 & ~n616 ;
  assign n618 = n146 & ~n617 ;
  assign n619 = \inC12_pad  & n79 ;
  assign n620 = \inA12_pad  & n83 ;
  assign n621 = \inC12_pad  & \musel2_pad  ;
  assign n622 = \musel1_pad  & n621 ;
  assign n623 = ~n620 & ~n622 ;
  assign n624 = n81 & ~n623 ;
  assign n625 = ~n619 & ~n624 ;
  assign n626 = ~n255 & ~n625 ;
  assign n627 = n255 & n625 ;
  assign n628 = ~n626 & ~n627 ;
  assign n629 = \inD12_pad  & n150 ;
  assign n630 = \inB12_pad  & n152 ;
  assign n631 = ~n629 & ~n630 ;
  assign n632 = ~\musel1_pad  & ~n631 ;
  assign n633 = \inA12_pad  & ~\musel2_pad  ;
  assign n634 = ~n621 & ~n633 ;
  assign n635 = n156 & ~n634 ;
  assign n636 = ~n632 & ~n635 ;
  assign n637 = ~\musel4_pad  & ~n636 ;
  assign n638 = n628 & ~n637 ;
  assign n639 = ~n628 & n637 ;
  assign n640 = ~n638 & ~n639 ;
  assign n641 = ~n268 & ~n289 ;
  assign n642 = ~n485 & ~n591 ;
  assign n643 = n641 & n642 ;
  assign n644 = ~n460 & n643 ;
  assign n646 = n640 & n644 ;
  assign n645 = ~n640 & ~n644 ;
  assign n647 = n149 & ~n645 ;
  assign n648 = ~n646 & n647 ;
  assign n649 = ~n618 & ~n648 ;
  assign n650 = n76 & ~n649 ;
  assign n682 = n175 & n617 ;
  assign n659 = \inC5_pad  & ~\musel1_pad  ;
  assign n660 = ~n443 & ~n659 ;
  assign n662 = n501 & ~n660 ;
  assign n661 = n496 & n660 ;
  assign n663 = n178 & ~n661 ;
  assign n664 = ~n662 & n663 ;
  assign n651 = \inC4_pad  & ~\musel1_pad  ;
  assign n652 = ~n305 & ~n651 ;
  assign n653 = n497 & ~n652 ;
  assign n654 = n501 & n652 ;
  assign n655 = ~n653 & ~n654 ;
  assign n656 = \inC6_pad  & ~\musel1_pad  ;
  assign n657 = ~n402 & ~n656 ;
  assign n658 = ~n78 & ~n657 ;
  assign n665 = \inC7_pad  & ~\musel1_pad  ;
  assign n666 = ~n422 & ~n665 ;
  assign n667 = n525 & n666 ;
  assign n668 = ~n658 & n667 ;
  assign n669 = ~n655 & n668 ;
  assign n670 = n664 & n669 ;
  assign n671 = n547 & n670 ;
  assign n672 = \inC12_pad  & ~\musel1_pad  ;
  assign n673 = ~n633 & ~n672 ;
  assign n675 = n501 & ~n673 ;
  assign n674 = n496 & n673 ;
  assign n676 = n178 & ~n674 ;
  assign n677 = ~n675 & n676 ;
  assign n678 = n671 & n677 ;
  assign n679 = ~n671 & ~n677 ;
  assign n680 = ~n678 & ~n679 ;
  assign n681 = ~n175 & ~n680 ;
  assign n683 = n183 & ~n681 ;
  assign n684 = ~n682 & n683 ;
  assign n685 = ~n650 & ~n684 ;
  assign n692 = \sh0_pad  & n192 ;
  assign n688 = ~\sh1_pad  & ~\sh2_pad  ;
  assign n691 = ~\sh0_pad  & n227 ;
  assign n693 = n688 & ~n691 ;
  assign n694 = ~n692 & n693 ;
  assign n686 = \sh2_pad  & n556 ;
  assign n687 = ~n227 & n686 ;
  assign n689 = ~n686 & ~n688 ;
  assign n690 = ~n215 & n689 ;
  assign n695 = ~n687 & ~n690 ;
  assign n696 = ~n694 & n695 ;
  assign n697 = n146 & ~n696 ;
  assign n698 = \inC13_pad  & n79 ;
  assign n699 = \inA13_pad  & n83 ;
  assign n700 = \inC13_pad  & \musel2_pad  ;
  assign n701 = \musel1_pad  & n700 ;
  assign n702 = ~n699 & ~n701 ;
  assign n703 = n81 & ~n702 ;
  assign n704 = ~n698 & ~n703 ;
  assign n705 = ~n255 & ~n704 ;
  assign n706 = n255 & n704 ;
  assign n707 = ~n705 & ~n706 ;
  assign n708 = \inD13_pad  & n150 ;
  assign n709 = \inB13_pad  & n152 ;
  assign n710 = ~n708 & ~n709 ;
  assign n711 = ~\musel1_pad  & ~n710 ;
  assign n712 = \inA13_pad  & ~\musel2_pad  ;
  assign n713 = ~n700 & ~n712 ;
  assign n714 = n156 & ~n713 ;
  assign n715 = ~n711 & ~n714 ;
  assign n716 = ~\musel4_pad  & ~n715 ;
  assign n717 = n707 & ~n716 ;
  assign n718 = ~n707 & n716 ;
  assign n719 = ~n717 & ~n718 ;
  assign n720 = ~n638 & n644 ;
  assign n721 = ~n639 & ~n720 ;
  assign n722 = ~n719 & n721 ;
  assign n723 = n719 & n720 ;
  assign n724 = n149 & ~n723 ;
  assign n725 = ~n722 & n724 ;
  assign n726 = ~n697 & ~n725 ;
  assign n727 = n76 & ~n726 ;
  assign n729 = \inC13_pad  & ~\musel1_pad  ;
  assign n730 = ~n712 & ~n729 ;
  assign n731 = n497 & ~n730 ;
  assign n732 = n501 & n730 ;
  assign n733 = ~n731 & ~n732 ;
  assign n734 = n77 & ~n733 ;
  assign n735 = ~n678 & ~n734 ;
  assign n736 = n678 & ~n733 ;
  assign n737 = ~n735 & ~n736 ;
  assign n738 = ~n175 & ~n737 ;
  assign n728 = n175 & n696 ;
  assign n739 = n183 & ~n728 ;
  assign n740 = ~n738 & n739 ;
  assign n741 = ~n727 & ~n740 ;
  assign n742 = ~n717 & n720 ;
  assign n743 = \inC14_pad  & n79 ;
  assign n744 = \inA14_pad  & n83 ;
  assign n745 = \inC14_pad  & \musel2_pad  ;
  assign n746 = \musel1_pad  & n745 ;
  assign n747 = ~n744 & ~n746 ;
  assign n748 = n81 & ~n747 ;
  assign n749 = ~n743 & ~n748 ;
  assign n750 = ~n255 & ~n749 ;
  assign n751 = n255 & n749 ;
  assign n752 = ~n750 & ~n751 ;
  assign n753 = \inD14_pad  & n150 ;
  assign n754 = \inB14_pad  & n152 ;
  assign n755 = ~n753 & ~n754 ;
  assign n756 = ~\musel1_pad  & ~n755 ;
  assign n757 = \inA14_pad  & ~\musel2_pad  ;
  assign n758 = ~n745 & ~n757 ;
  assign n759 = n156 & ~n758 ;
  assign n760 = ~n756 & ~n759 ;
  assign n761 = ~\musel4_pad  & ~n760 ;
  assign n762 = n752 & ~n761 ;
  assign n763 = ~n752 & n761 ;
  assign n764 = ~n762 & ~n763 ;
  assign n765 = ~n718 & n764 ;
  assign n766 = ~n742 & n765 ;
  assign n767 = ~n718 & n721 ;
  assign n768 = ~n717 & ~n764 ;
  assign n769 = ~n767 & n768 ;
  assign n770 = ~n766 & ~n769 ;
  assign n771 = n149 & ~n770 ;
  assign n772 = \sh0_pad  & \sh2_pad  ;
  assign n773 = ~n688 & ~n772 ;
  assign n774 = ~n609 & ~n773 ;
  assign n775 = ~n192 & n774 ;
  assign n776 = ~n215 & ~n774 ;
  assign n777 = ~n775 & ~n776 ;
  assign n778 = n146 & ~n777 ;
  assign n779 = ~n771 & ~n778 ;
  assign n780 = n76 & ~n779 ;
  assign n782 = \inC14_pad  & ~\musel1_pad  ;
  assign n783 = ~n757 & ~n782 ;
  assign n785 = n501 & ~n783 ;
  assign n784 = n496 & n783 ;
  assign n786 = n178 & ~n784 ;
  assign n787 = ~n785 & n786 ;
  assign n788 = n736 & n787 ;
  assign n789 = ~n736 & ~n787 ;
  assign n790 = ~n788 & ~n789 ;
  assign n791 = ~n175 & ~n790 ;
  assign n781 = n175 & n777 ;
  assign n792 = n183 & ~n781 ;
  assign n793 = ~n791 & n792 ;
  assign n794 = ~n780 & ~n793 ;
  assign n795 = n146 & ~n215 ;
  assign n796 = ~n762 & ~n766 ;
  assign n797 = \inC15_pad  & n79 ;
  assign n798 = \inA15_pad  & n83 ;
  assign n799 = \inC15_pad  & \musel2_pad  ;
  assign n800 = \musel1_pad  & n799 ;
  assign n801 = ~n798 & ~n800 ;
  assign n802 = n81 & ~n801 ;
  assign n803 = ~n797 & ~n802 ;
  assign n804 = \inD15_pad  & n150 ;
  assign n805 = \inB15_pad  & n152 ;
  assign n806 = ~n804 & ~n805 ;
  assign n807 = ~\musel1_pad  & ~n806 ;
  assign n808 = ~n494 & ~n799 ;
  assign n809 = n156 & ~n808 ;
  assign n810 = ~n807 & ~n809 ;
  assign n811 = ~\musel4_pad  & ~n810 ;
  assign n812 = n803 & ~n811 ;
  assign n813 = ~n803 & n811 ;
  assign n814 = ~n812 & ~n813 ;
  assign n815 = n255 & n814 ;
  assign n816 = ~n255 & ~n814 ;
  assign n817 = ~n815 & ~n816 ;
  assign n820 = n796 & n817 ;
  assign n818 = ~n763 & ~n817 ;
  assign n819 = ~n796 & n818 ;
  assign n821 = n149 & ~n819 ;
  assign n822 = ~n820 & n821 ;
  assign n823 = ~n795 & ~n822 ;
  assign n824 = n76 & ~n823 ;
  assign n826 = ~n175 & ~n788 ;
  assign n825 = n175 & n215 ;
  assign n827 = n183 & ~n825 ;
  assign n828 = ~n826 & n827 ;
  assign n829 = ~n824 & ~n828 ;
  assign n830 = \inD9_pad  & n79 ;
  assign n831 = \inB9_pad  & n83 ;
  assign n832 = \inD9_pad  & n82 ;
  assign n833 = ~n831 & ~n832 ;
  assign n834 = n81 & ~n833 ;
  assign n835 = ~n830 & ~n834 ;
  assign n836 = \sh2_pad  & ~n835 ;
  assign n837 = ~n89 & ~n836 ;
  assign n838 = \sh1_pad  & ~n837 ;
  assign n839 = ~n114 & ~n838 ;
  assign n840 = ~\sh0_pad  & ~n839 ;
  assign n841 = \inD6_pad  & n79 ;
  assign n842 = \inB6_pad  & n83 ;
  assign n843 = \inD6_pad  & n82 ;
  assign n844 = ~n842 & ~n843 ;
  assign n845 = n81 & ~n844 ;
  assign n846 = ~n841 & ~n845 ;
  assign n847 = \sh2_pad  & ~n846 ;
  assign n848 = ~n130 & ~n847 ;
  assign n849 = ~\sh1_pad  & ~n848 ;
  assign n850 = ~\sh2_pad  & ~n139 ;
  assign n851 = \sh2_pad  & ~n111 ;
  assign n852 = ~n850 & ~n851 ;
  assign n853 = \sh1_pad  & ~n852 ;
  assign n854 = ~n849 & ~n853 ;
  assign n855 = \sh0_pad  & ~n854 ;
  assign n856 = ~n840 & ~n855 ;
  assign n857 = n146 & ~n856 ;
  assign n858 = ~n372 & ~n377 ;
  assign n859 = ~n169 & ~n379 ;
  assign n861 = n858 & n859 ;
  assign n860 = ~n858 & ~n859 ;
  assign n862 = n149 & ~n860 ;
  assign n863 = ~n861 & n862 ;
  assign n864 = ~n857 & ~n863 ;
  assign n865 = n76 & ~n864 ;
  assign n866 = n175 & ~n856 ;
  assign n867 = n77 & ~n533 ;
  assign n868 = ~n526 & ~n867 ;
  assign n869 = ~n78 & ~n530 ;
  assign n870 = n526 & ~n869 ;
  assign n871 = ~n175 & ~n870 ;
  assign n872 = ~n868 & n871 ;
  assign n873 = ~n866 & ~n872 ;
  assign n874 = n183 & ~n873 ;
  assign n875 = ~n865 & ~n874 ;
  assign n876 = ~n221 & ~n850 ;
  assign n877 = \sh1_pad  & ~n876 ;
  assign n878 = ~n849 & ~n877 ;
  assign n879 = ~\sh0_pad  & ~n878 ;
  assign n880 = \inD7_pad  & n79 ;
  assign n881 = \inB7_pad  & n83 ;
  assign n882 = \inD7_pad  & n82 ;
  assign n883 = ~n881 & ~n882 ;
  assign n884 = n81 & ~n883 ;
  assign n885 = ~n880 & ~n884 ;
  assign n886 = \sh2_pad  & ~n885 ;
  assign n887 = ~n89 & ~n886 ;
  assign n888 = ~\sh1_pad  & ~n887 ;
  assign n889 = ~\sh2_pad  & ~n104 ;
  assign n890 = \sh2_pad  & ~n129 ;
  assign n891 = ~n889 & ~n890 ;
  assign n892 = \sh1_pad  & ~n891 ;
  assign n893 = ~n888 & ~n892 ;
  assign n894 = \sh0_pad  & ~n893 ;
  assign n895 = ~n879 & ~n894 ;
  assign n896 = n146 & ~n895 ;
  assign n897 = ~n350 & ~n376 ;
  assign n898 = ~n372 & n859 ;
  assign n900 = ~n377 & ~n898 ;
  assign n901 = ~n897 & n900 ;
  assign n899 = n897 & n898 ;
  assign n902 = n149 & ~n899 ;
  assign n903 = ~n901 & n902 ;
  assign n904 = ~n896 & ~n903 ;
  assign n905 = n76 & ~n904 ;
  assign n906 = n175 & ~n895 ;
  assign n908 = n519 & n870 ;
  assign n907 = ~n519 & ~n870 ;
  assign n909 = ~n175 & ~n907 ;
  assign n910 = ~n908 & n909 ;
  assign n911 = ~n906 & ~n910 ;
  assign n912 = n183 & ~n911 ;
  assign n913 = ~n905 & ~n912 ;
  assign n914 = \sh2_pad  & ~n236 ;
  assign n915 = ~n889 & ~n914 ;
  assign n916 = \sh1_pad  & ~n915 ;
  assign n917 = ~n888 & ~n916 ;
  assign n918 = ~\sh0_pad  & ~n917 ;
  assign n919 = ~n123 & ~n850 ;
  assign n920 = ~\sh1_pad  & ~n919 ;
  assign n921 = ~\sh2_pad  & ~n846 ;
  assign n922 = \sh2_pad  & ~n88 ;
  assign n923 = ~n921 & ~n922 ;
  assign n924 = \sh1_pad  & ~n923 ;
  assign n925 = ~n920 & ~n924 ;
  assign n926 = \sh0_pad  & ~n925 ;
  assign n927 = ~n918 & ~n926 ;
  assign n928 = n146 & ~n927 ;
  assign n929 = ~n350 & ~n900 ;
  assign n930 = ~n330 & ~n351 ;
  assign n932 = ~n376 & ~n930 ;
  assign n933 = ~n929 & n932 ;
  assign n931 = n929 & n930 ;
  assign n934 = n149 & ~n931 ;
  assign n935 = ~n933 & n934 ;
  assign n936 = ~n928 & ~n935 ;
  assign n937 = n76 & ~n936 ;
  assign n943 = n175 & n927 ;
  assign n940 = n524 & n908 ;
  assign n938 = n77 & ~n524 ;
  assign n939 = ~n908 & n938 ;
  assign n941 = ~n175 & ~n939 ;
  assign n942 = ~n940 & n941 ;
  assign n944 = n183 & ~n942 ;
  assign n945 = ~n943 & n944 ;
  assign n946 = ~n937 & ~n945 ;
  assign n947 = \sh2_pad  & ~n208 ;
  assign n948 = ~n921 & ~n947 ;
  assign n949 = \sh1_pad  & ~n948 ;
  assign n950 = ~n920 & ~n949 ;
  assign n951 = ~\sh0_pad  & ~n950 ;
  assign n952 = ~n836 & ~n889 ;
  assign n953 = ~\sh1_pad  & ~n952 ;
  assign n954 = ~\sh2_pad  & ~n885 ;
  assign n955 = ~n140 & ~n954 ;
  assign n956 = \sh1_pad  & ~n955 ;
  assign n957 = ~n953 & ~n956 ;
  assign n958 = \sh0_pad  & ~n957 ;
  assign n959 = ~n951 & ~n958 ;
  assign n960 = n146 & ~n959 ;
  assign n961 = ~n310 & ~n452 ;
  assign n963 = n386 & ~n961 ;
  assign n962 = ~n386 & n961 ;
  assign n964 = n149 & ~n962 ;
  assign n965 = ~n963 & n964 ;
  assign n966 = ~n960 & ~n965 ;
  assign n967 = n76 & ~n966 ;
  assign n974 = n175 & n959 ;
  assign n968 = n501 & n536 ;
  assign n969 = n77 & ~n655 ;
  assign n970 = n968 & n969 ;
  assign n971 = ~n968 & ~n969 ;
  assign n972 = ~n970 & ~n971 ;
  assign n973 = ~n175 & ~n972 ;
  assign n975 = n183 & ~n973 ;
  assign n976 = ~n974 & n975 ;
  assign n977 = ~n967 & ~n976 ;
  assign n978 = \sh2_pad  & ~n227 ;
  assign n979 = ~n954 & ~n978 ;
  assign n980 = \sh1_pad  & ~n979 ;
  assign n981 = ~n953 & ~n980 ;
  assign n982 = ~\sh0_pad  & ~n981 ;
  assign n983 = ~n221 & ~n921 ;
  assign n984 = ~\sh1_pad  & ~n983 ;
  assign n985 = ~\sh2_pad  & ~n122 ;
  assign n986 = ~n105 & ~n985 ;
  assign n987 = \sh1_pad  & ~n986 ;
  assign n988 = ~n984 & ~n987 ;
  assign n989 = \sh0_pad  & ~n988 ;
  assign n990 = ~n982 & ~n989 ;
  assign n991 = n146 & ~n990 ;
  assign n992 = ~n448 & ~n454 ;
  assign n995 = n387 & n992 ;
  assign n993 = ~n452 & ~n992 ;
  assign n994 = ~n387 & n993 ;
  assign n996 = n149 & ~n994 ;
  assign n997 = ~n995 & n996 ;
  assign n998 = ~n991 & ~n997 ;
  assign n999 = n76 & ~n998 ;
  assign n1005 = n175 & n990 ;
  assign n1000 = ~n664 & ~n970 ;
  assign n1001 = ~n78 & ~n660 ;
  assign n1002 = n970 & ~n1001 ;
  assign n1003 = ~n1000 & ~n1002 ;
  assign n1004 = ~n175 & ~n1003 ;
  assign n1006 = n183 & ~n1004 ;
  assign n1007 = ~n1005 & n1006 ;
  assign n1008 = ~n999 & ~n1007 ;
  assign n1009 = ~n193 & ~n985 ;
  assign n1010 = \sh1_pad  & ~n1009 ;
  assign n1011 = ~n984 & ~n1010 ;
  assign n1012 = ~\sh0_pad  & ~n1011 ;
  assign n1013 = ~n914 & ~n954 ;
  assign n1014 = ~\sh1_pad  & ~n1013 ;
  assign n1015 = ~\sh2_pad  & ~n835 ;
  assign n1016 = ~n847 & ~n1015 ;
  assign n1017 = \sh1_pad  & ~n1016 ;
  assign n1018 = ~n1014 & ~n1017 ;
  assign n1019 = \sh0_pad  & ~n1018 ;
  assign n1020 = ~n1012 & ~n1019 ;
  assign n1021 = n146 & ~n1020 ;
  assign n1023 = ~n387 & ~n454 ;
  assign n1024 = ~n448 & ~n1023 ;
  assign n1027 = ~n407 & n1024 ;
  assign n1028 = ~n455 & n1027 ;
  assign n1022 = ~n407 & ~n455 ;
  assign n1025 = ~n453 & ~n1022 ;
  assign n1026 = ~n1024 & n1025 ;
  assign n1029 = n149 & ~n1026 ;
  assign n1030 = ~n1028 & n1029 ;
  assign n1031 = ~n1021 & ~n1030 ;
  assign n1032 = n76 & ~n1031 ;
  assign n1035 = n501 & ~n657 ;
  assign n1034 = n496 & n657 ;
  assign n1036 = n178 & ~n1034 ;
  assign n1037 = ~n1035 & n1036 ;
  assign n1038 = n1002 & n1037 ;
  assign n1039 = ~n1002 & ~n1037 ;
  assign n1040 = ~n1038 & ~n1039 ;
  assign n1041 = ~n175 & ~n1040 ;
  assign n1033 = n175 & n1020 ;
  assign n1042 = n183 & ~n1033 ;
  assign n1043 = ~n1041 & n1042 ;
  assign n1044 = ~n1032 & ~n1043 ;
  assign n1045 = ~n216 & ~n1015 ;
  assign n1046 = \sh1_pad  & ~n1045 ;
  assign n1047 = ~n1014 & ~n1046 ;
  assign n1048 = ~\sh0_pad  & ~n1047 ;
  assign n1049 = ~n947 & ~n985 ;
  assign n1050 = ~\sh1_pad  & ~n1049 ;
  assign n1051 = ~n200 & ~n886 ;
  assign n1052 = \sh1_pad  & ~n1051 ;
  assign n1053 = ~n1050 & ~n1052 ;
  assign n1054 = \sh0_pad  & ~n1053 ;
  assign n1055 = ~n1048 & ~n1054 ;
  assign n1056 = n146 & ~n1055 ;
  assign n1057 = ~n427 & ~n451 ;
  assign n1059 = ~n455 & ~n1057 ;
  assign n1060 = ~n1027 & n1059 ;
  assign n1058 = n1027 & n1057 ;
  assign n1061 = n149 & ~n1058 ;
  assign n1062 = ~n1060 & n1061 ;
  assign n1063 = ~n1056 & ~n1062 ;
  assign n1064 = n76 & ~n1063 ;
  assign n1065 = n77 & ~n666 ;
  assign n1066 = n497 & n1065 ;
  assign n1067 = ~n667 & ~n1066 ;
  assign n1068 = n1038 & ~n1067 ;
  assign n1069 = ~n1038 & n1067 ;
  assign n1070 = ~n1068 & ~n1069 ;
  assign n1071 = ~n175 & ~n1070 ;
  assign n1072 = n175 & n1055 ;
  assign n1073 = n183 & ~n1072 ;
  assign n1074 = ~n1071 & n1073 ;
  assign n1075 = ~n1064 & ~n1074 ;
  assign n1076 = ~n200 & ~n216 ;
  assign n1077 = \sh1_pad  & ~n1076 ;
  assign n1078 = ~n1050 & ~n1077 ;
  assign n1079 = ~\sh0_pad  & ~n1078 ;
  assign n1080 = ~n978 & ~n1015 ;
  assign n1081 = ~\sh1_pad  & ~n1080 ;
  assign n1082 = ~n123 & ~n237 ;
  assign n1083 = \sh1_pad  & ~n1082 ;
  assign n1084 = ~n1081 & ~n1083 ;
  assign n1085 = \sh0_pad  & ~n1084 ;
  assign n1086 = ~n1079 & ~n1085 ;
  assign n1087 = n146 & ~n1086 ;
  assign n1088 = ~n289 & ~n290 ;
  assign n1090 = n460 & ~n1088 ;
  assign n1089 = ~n460 & n1088 ;
  assign n1091 = n149 & ~n1089 ;
  assign n1092 = ~n1090 & n1091 ;
  assign n1093 = ~n1087 & ~n1092 ;
  assign n1094 = n76 & ~n1093 ;
  assign n1095 = n175 & ~n1086 ;
  assign n1096 = ~n175 & n549 ;
  assign n1097 = ~n513 & n1096 ;
  assign n1098 = ~n1095 & ~n1097 ;
  assign n1099 = n183 & ~n1098 ;
  assign n1100 = ~n1094 & ~n1099 ;
  assign n1101 = \sh1_pad  & ~n238 ;
  assign n1102 = ~n1081 & ~n1101 ;
  assign n1103 = ~\sh0_pad  & ~n1102 ;
  assign n1104 = ~n209 & ~n836 ;
  assign n1105 = \sh1_pad  & ~n1104 ;
  assign n1106 = ~n202 & ~n1105 ;
  assign n1107 = \sh0_pad  & ~n1106 ;
  assign n1108 = ~n1103 & ~n1107 ;
  assign n1109 = n146 & ~n1108 ;
  assign n1110 = ~n268 & ~n269 ;
  assign n1112 = n462 & n1110 ;
  assign n1111 = ~n462 & ~n1110 ;
  assign n1113 = n149 & ~n1111 ;
  assign n1114 = ~n1112 & n1113 ;
  assign n1115 = ~n1109 & ~n1114 ;
  assign n1116 = n76 & ~n1115 ;
  assign n1117 = n175 & ~n1108 ;
  assign n1118 = ~n508 & n1096 ;
  assign n1119 = ~n1117 & ~n1118 ;
  assign n1120 = n183 & ~n1119 ;
  assign n1121 = ~n1116 & ~n1120 ;
  assign \O0_pad  = ~n186 ;
  assign \O10_pad  = ~n555 ;
  assign \O11_pad  = ~n606 ;
  assign \O12_pad  = ~n685 ;
  assign \O13_pad  = ~n741 ;
  assign \O14_pad  = ~n794 ;
  assign \O15_pad  = ~n829 ;
  assign \O1_pad  = ~n875 ;
  assign \O2_pad  = ~n913 ;
  assign \O3_pad  = ~n946 ;
  assign \O4_pad  = ~n977 ;
  assign \O5_pad  = ~n1008 ;
  assign \O6_pad  = ~n1044 ;
  assign \O7_pad  = ~n1075 ;
  assign \O8_pad  = ~n1100 ;
  assign \O9_pad  = ~n1121 ;
endmodule